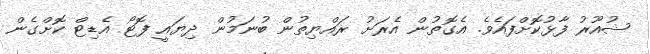
ޝުއޫރު ފާޅުކޮށްފައެވެ. އެގޮތުން އެރަށު ރައްޔިތުން ބުނަމުން ދިޔައީ ފޮޓޯ އެޑިޓް ކޮށްގެން